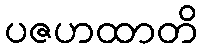
ပဇဟထာတိ